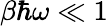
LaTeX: \beta\hbar\omega\ll 1